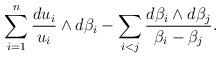
LaTeX: \begin{align*}\sum_{i=1}^n \frac{du_i}{u_i}\wedge d\beta_i-\sum_{i<j}\frac{d\beta_i\wedge d\beta_j}{\beta_i-\beta_j} .\end{align*}